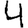
Digit: 4